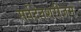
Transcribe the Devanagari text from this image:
सर्वदेवशरीजम